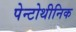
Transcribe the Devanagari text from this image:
पेन्टोथीनिक